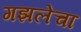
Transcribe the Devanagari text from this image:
गझलेचा